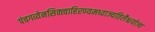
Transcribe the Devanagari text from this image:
पंचगव्येनसिक्त्वाहिरण्यमध्वाज्यतिलैश्चयोज्य